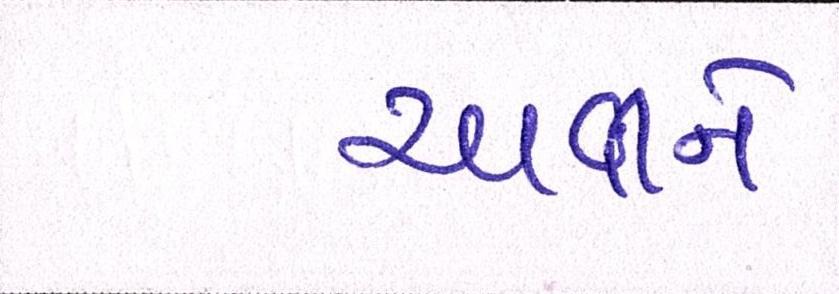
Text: ચાવીને